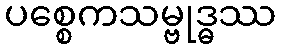
ပစ္စေကသမ္ဗုဒ္ဓဿ